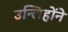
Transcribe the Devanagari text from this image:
उन्लिहोंने